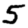
Digit: 5